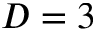
D = 3